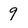
Character: 9